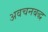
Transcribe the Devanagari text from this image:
अवचनबद्ध